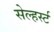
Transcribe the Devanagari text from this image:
सेल्हर्स्ट